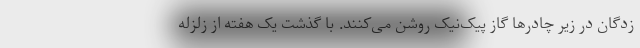
زدگان در زیر چادرها گاز پیک‌نیک روشن می‌کنند. با گذشت یک هفته از زلزله